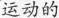
运动的